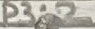
Text: P3.2